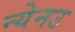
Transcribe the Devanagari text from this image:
न्येनउ